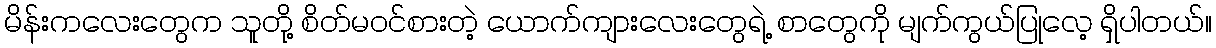
မိန်းကလေးတွေက သူတို့ စိတ်မဝင်စားတဲ့ ယောက်ကျားလေးတွေရဲ့ စာတွေကို မျက်ကွယ်ပြုလေ့ ရှိပါတယ်။